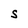
Character: S